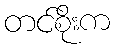
တင်စိုးက